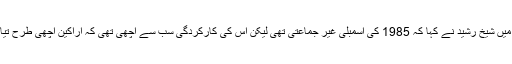
ایک سوال کے جواب میں شیخ رشید نے کہا کہ 1985 کی اسمبلی غیر جماعتی تھی لیکن اس کی کارکردگی سب سے اچھی تھی کہ اراکین اچھی طرح تیاری کرکے آتے تھے۔